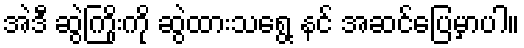
အဲဒီ ဆွဲကြိုးကို ဆွဲထားသရွေ့ နင် အဆင်ပြေမှာပါ။